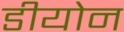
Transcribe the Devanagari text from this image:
डीयोन